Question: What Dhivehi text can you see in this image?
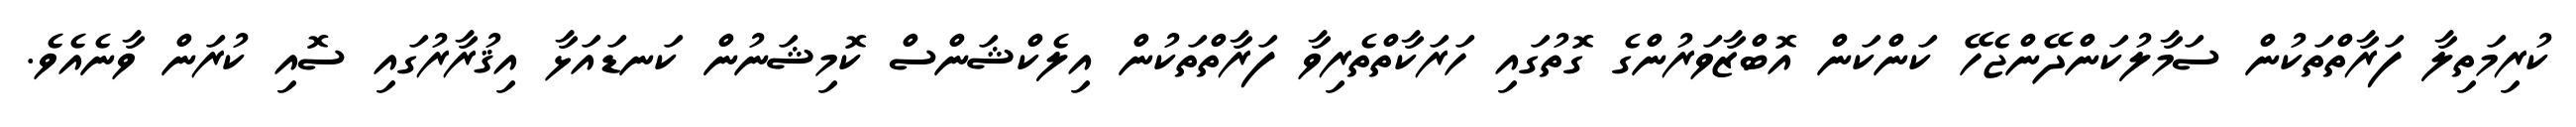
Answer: ކުރިމަތިލާ ފަރާތްތަކުން ސަމާލުކަންދޭންޖެހޭ ކަންކަން އޮބްޒާވަރުންގެ ގޮތުގައި ހަރަކާތްތެރިވާ ފަރާތްތަކުން އިލެކްޝަންސް ކޮމިޝަނުން ކަނޑައަޅާ އިޤުރާރުގައި ސޮއި ކުރަން ވާނެއެވެ.